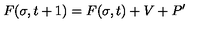
F ( \sigma , t + 1 ) = F ( \sigma , t ) + V + P ^ { \prime }